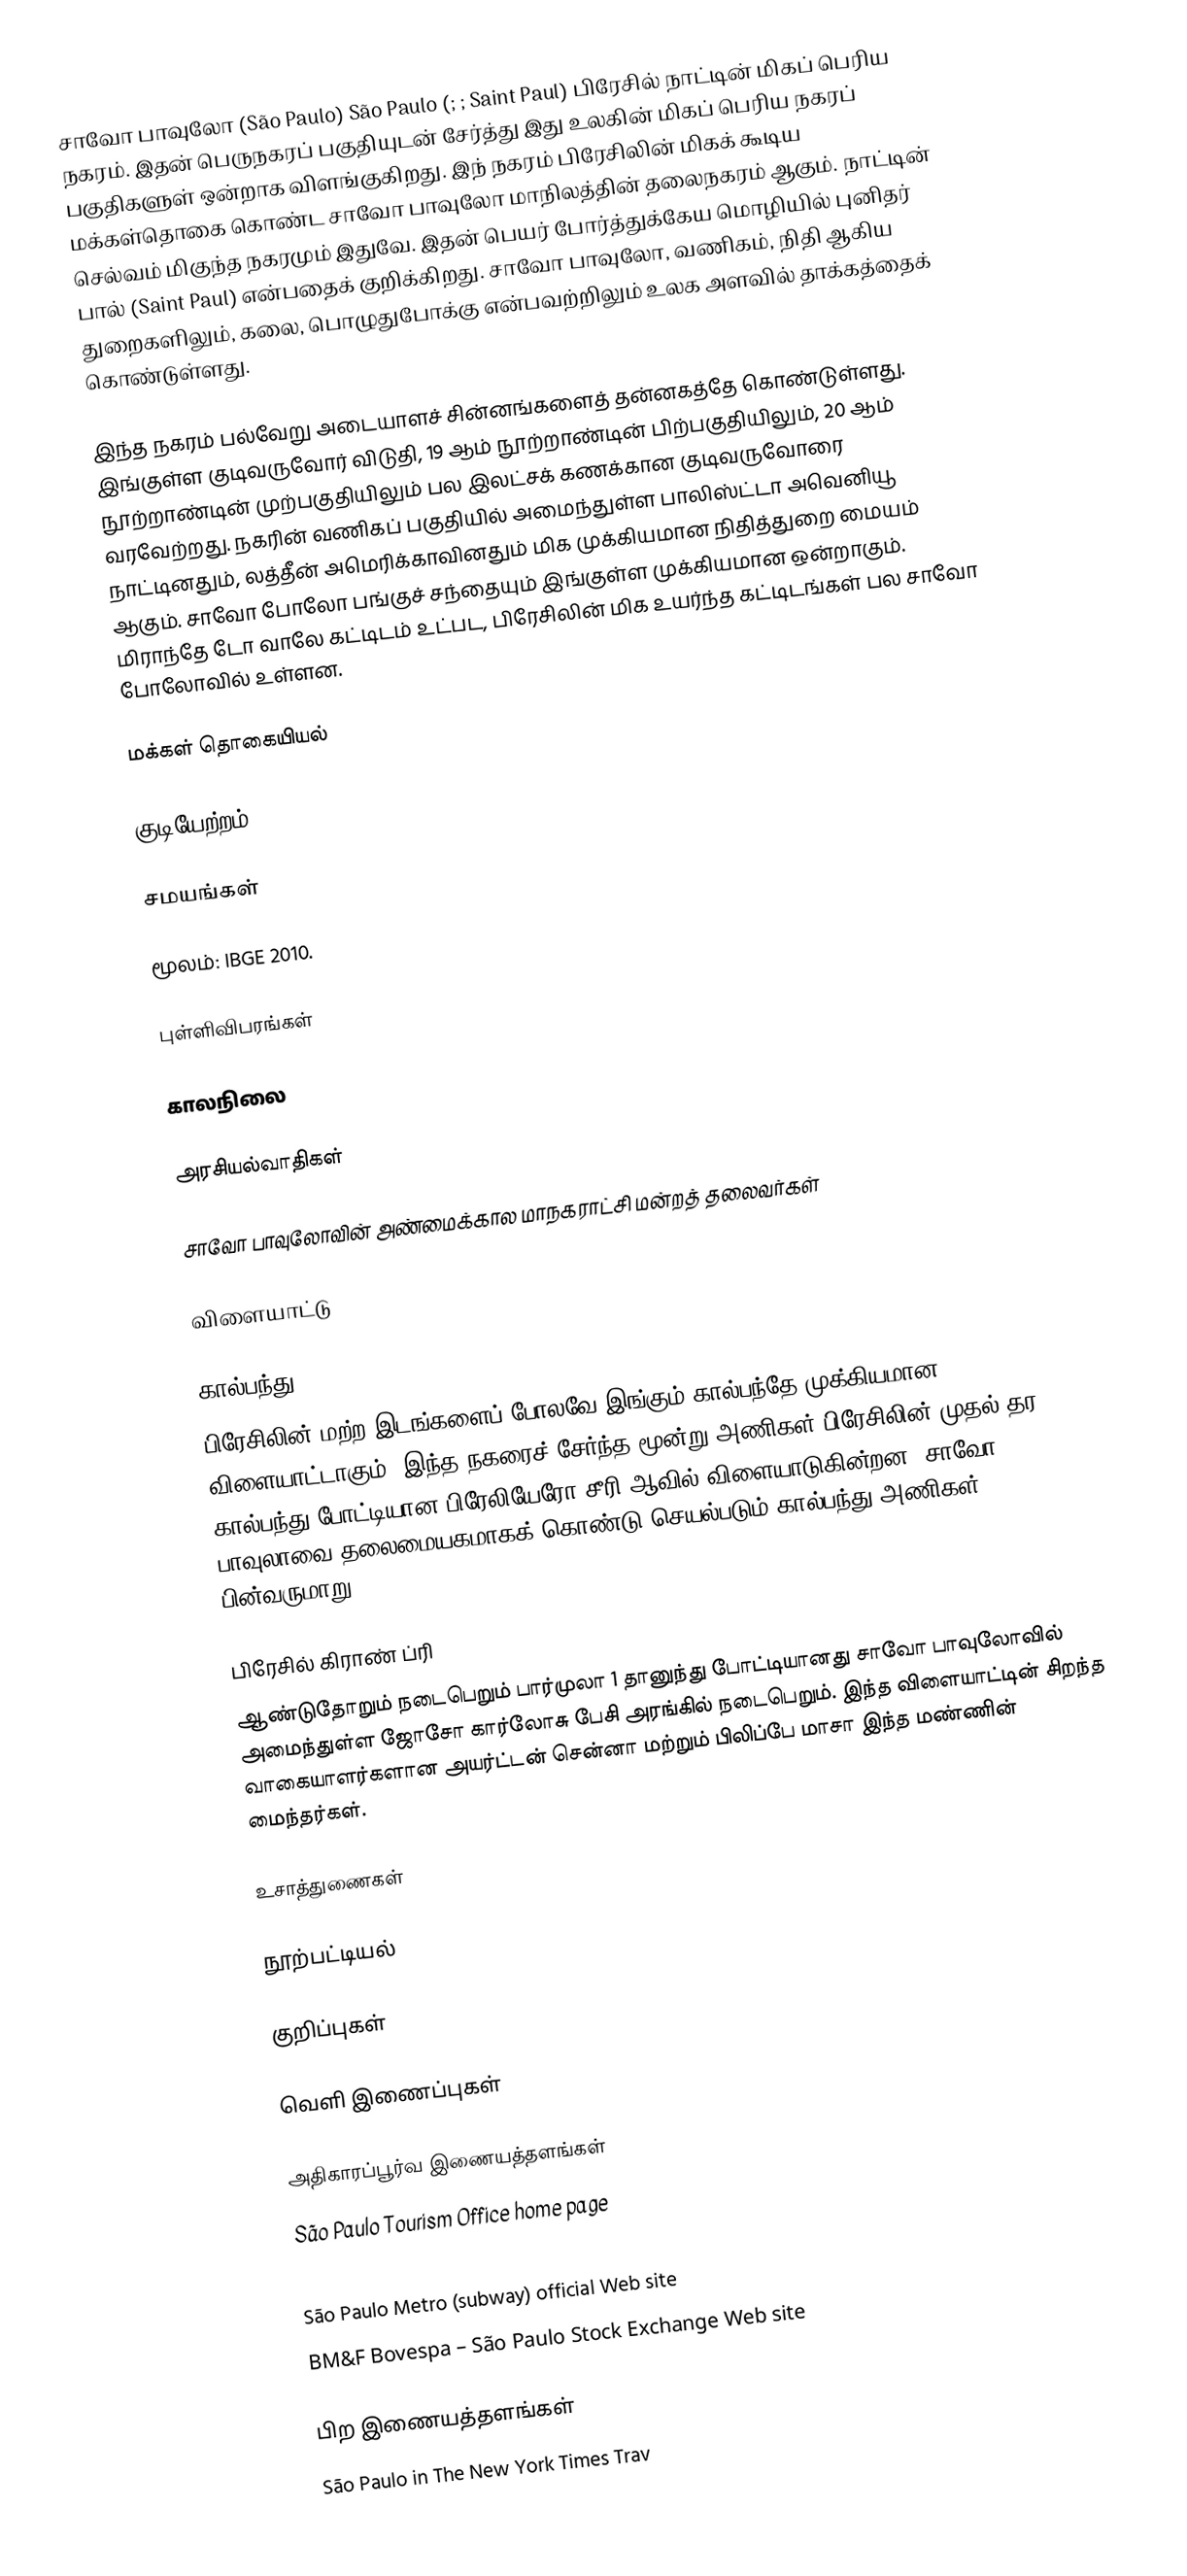
சாவோ பாவுலோ (São Paulo) São Paulo (; ; Saint Paul) பிரேசில் நாட்டின் மிகப் பெரிய நகரம். இதன் பெருநகரப் பகுதியுடன் சேர்த்து இது உலகின் மிகப் பெரிய நகரப் பகுதிகளுள் ஒன்றாக விளங்குகிறது. இந் நகரம் பிரேசிலின் மிகக் கூடிய மக்கள்தொகை கொண்ட சாவோ பாவுலோ மாநிலத்தின் தலைநகரம் ஆகும். நாட்டின் செல்வம் மிகுந்த நகரமும் இதுவே. இதன் பெயர் போர்த்துக்கேய மொழியில் புனிதர் பால் (Saint Paul) என்பதைக் குறிக்கிறது. சாவோ பாவுலோ, வணிகம், நிதி ஆகிய துறைகளிலும், கலை, பொழுதுபோக்கு என்பவற்றிலும் உலக அளவில் தாக்கத்தைக் கொண்டுள்ளது.

இந்த நகரம் பல்வேறு அடையாளச் சின்னங்களைத் தன்னகத்தே கொண்டுள்ளது. இங்குள்ள குடிவருவோர் விடுதி, 19 ஆம் நூற்றாண்டின் பிற்பகுதியிலும், 20 ஆம் நூற்றாண்டின் முற்பகுதியிலும் பல இலட்சக் கணக்கான குடிவருவோரை வரவேற்றது. நகரின் வணிகப் பகுதியில் அமைந்துள்ள பாலிஸ்ட்டா அவெனியூ நாட்டினதும், லத்தீன் அமெரிக்காவினதும் மிக முக்கியமான நிதித்துறை மையம் ஆகும். சாவோ போலோ பங்குச் சந்தையும் இங்குள்ள முக்கியமான ஒன்றாகும். மிராந்தே டோ வாலே கட்டிடம் உட்பட, பிரேசிலின் மிக உயர்ந்த கட்டிடங்கள் பல சாவோ போலோவில் உள்ளன.

மக்கள் தொகையியல்

குடியேற்றம்

சமயங்கள்

மூலம்: IBGE 2010.

புள்ளிவிபரங்கள்

காலநிலை

அரசியல்வாதிகள்

சாவோ பாவுலோவின் அண்மைக்கால மாநகராட்சி மன்றத் தலைவர்கள்

விளையாட்டு

கால்பந்து
பிரேசிலின் மற்ற இடங்களைப் போலவே இங்கும் கால்பந்தே முக்கியமான விளையாட்டாகும். இந்த நகரைச் சேர்ந்த மூன்று அணிகள் பிரேசிலின் முதல் தர கால்பந்து போட்டியான பிரேலியேரோ சீரி ஆவில் விளையாடுகின்றன. சாவோ பாவுலாவை தலைமையகமாகக் கொண்டு செயல்படும் கால்பந்து அணிகள் பின்வருமாறு.

பிரேசில் கிராண் ப்ரி
ஆண்டுதோறும் நடைபெறும் பார்முலா 1 தானுந்து போட்டியானது சாவோ பாவுலோவில் அமைந்துள்ள ஜோசோ கார்லோசு பேசி அரங்கில் நடைபெறும். இந்த விளையாட்டின் சிறந்த வாகையாளர்களான அயர்ட்டன் சென்னா மற்றும் பிலிப்பே மாசா இந்த மண்ணின் மைந்தர்கள்.

உசாத்துணைகள்

நூற்பட்டியல்

குறிப்புகள்

வெளி இணைப்புகள்

அதிகாரப்பூர்வ இணையத்தளங்கள்
 São Paulo Tourism Office home page
 São Paulo City Hall Web site
 São Paulo Metro (subway) official Web site
 BM&F Bovespa – São Paulo Stock Exchange Web site

பிற இணையத்தளங்கள்
 São Paulo in The New York Times Trav